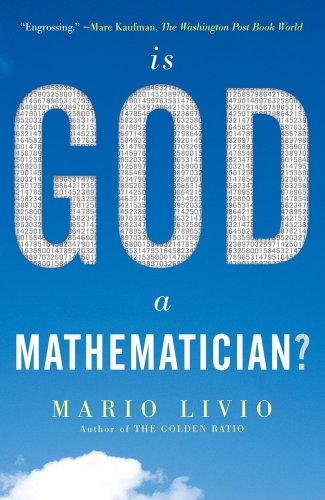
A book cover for Is God a Mathematician?; Mario Livio; Science & Math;